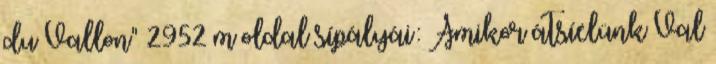
du Vallon" 2952 m oldal sípályái: Amikor átsíelünk Val